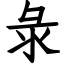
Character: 彔